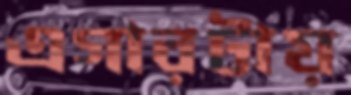
এগারটায়